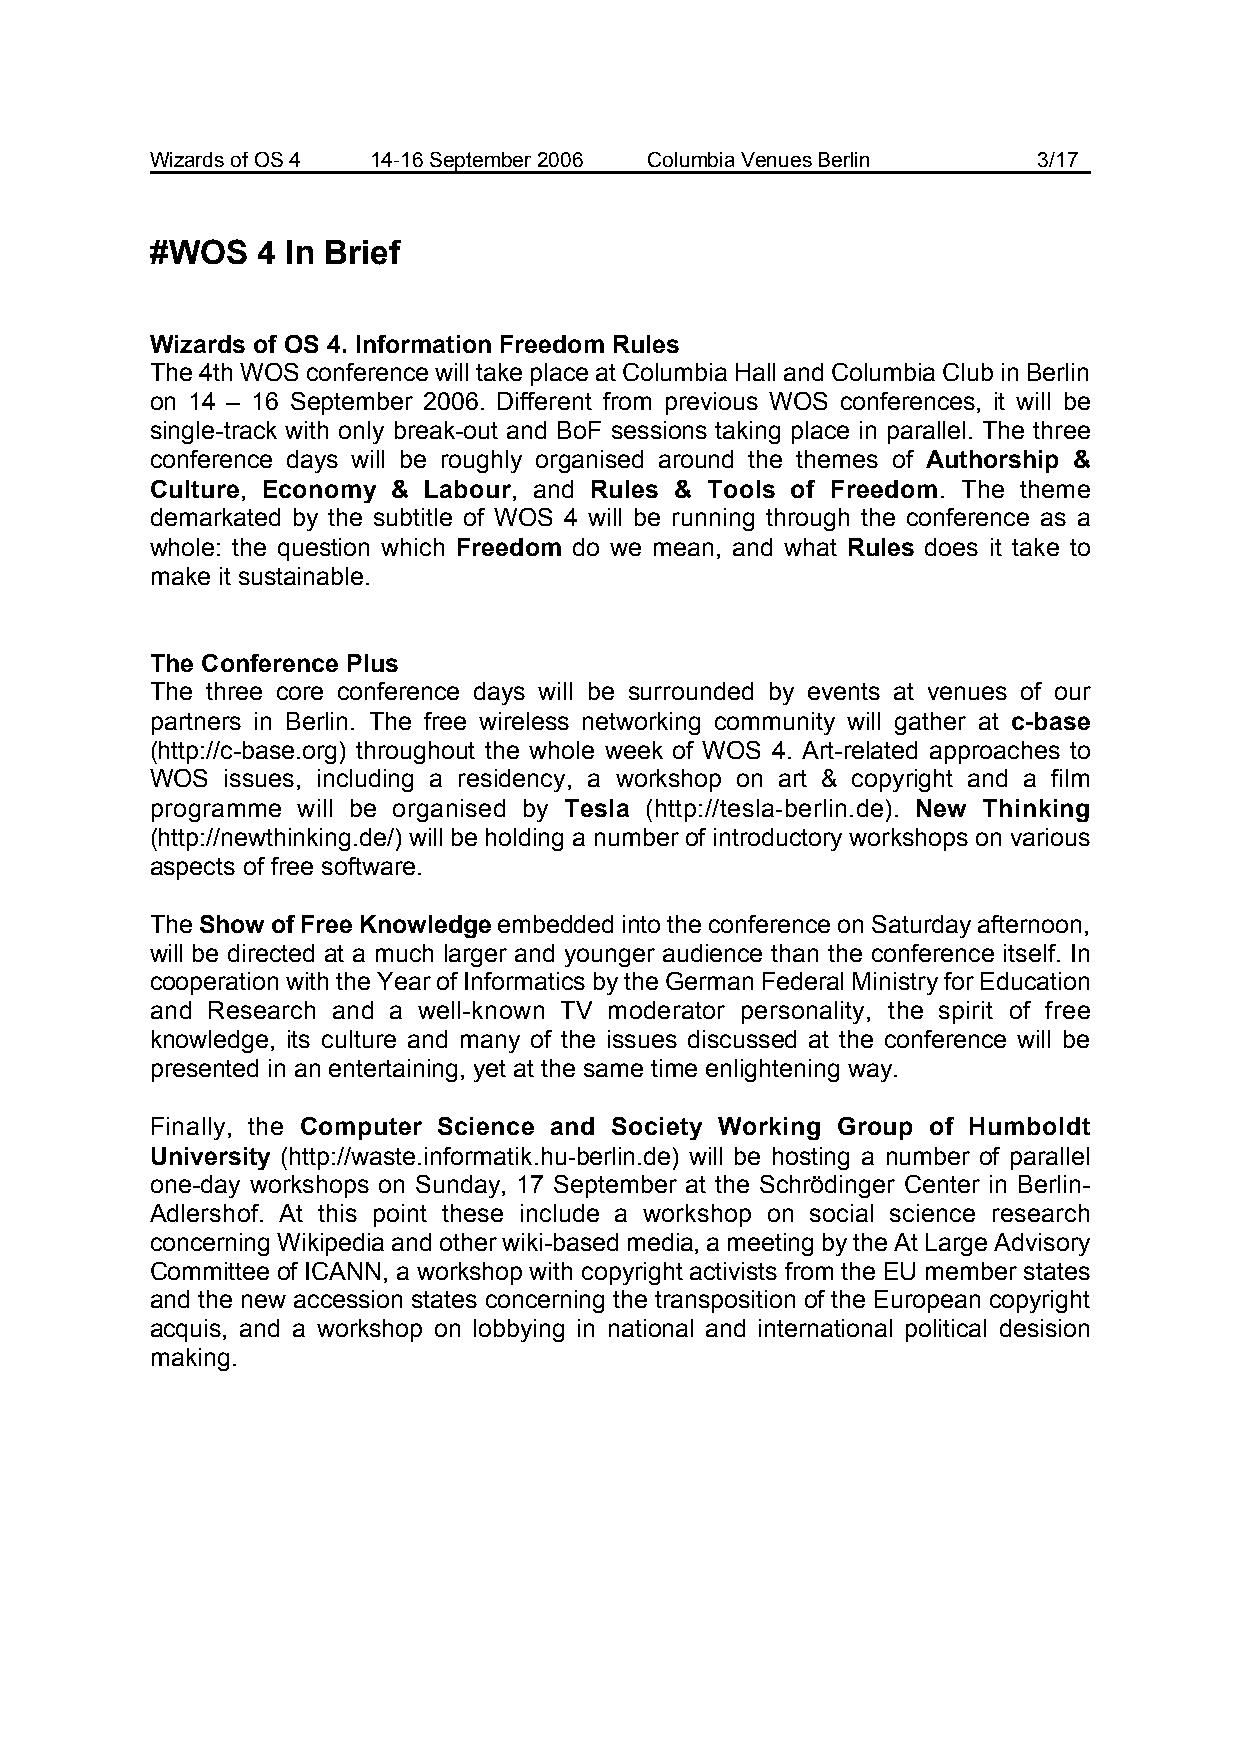
Wizards of OS 4 14-16 September 2006 Columbia Venues Berlin 3/17
 #WOS   4 In Brief
 Wizards of OS 4. Information Freedom Rules
 The 4th WOS conference will take place at Columbia Hall and Columbia Club in Berlin
 on 14 – 16 September 2006. Different from previous WOS conferences, it will be
 single-track with only break-out and BoF sessions taking place in parallel. The three
 conference days will be roughly organised around the themes of Authorship &
 Culture, Economy & Labour, and Rules & Tools of Freedom. The theme
 demarkated by the subtitle of WOS 4 will be running through the conference as a
 whole: the question which Freedom do we mean, and what Rules does it take to
 make it sustainable.
 The Conference Plus
 The three core conference days will be surrounded by events at venues of our
 partners in Berlin. The free wireless networking community will gather at c-base
 (http://c-base.org) throughout the whole week of WOS 4. Art-related approaches to
 WOS  issues, including a residency, a workshop on art & copyright and a film
 programme will be organised by Tesla (http://tesla-berlin.de). New Thinking
 (http://newthinking.de/) will be holding a number of introductory workshops on various
 aspects of free software.
 The Show of Free Knowledge embedded into the conference on Saturday afternoon,
 will be directed at a much larger and younger audience than the conference itself. In
 cooperation with the Year of Informatics by the German Federal Ministry for Education
 and Research and a well-known TV moderator personality, the spirit of free
 knowledge, its culture and many of the issues discussed at the conference will be
 presented in an entertaining, yet at the same time enlightening way.
 Finally, the Computer Science and Society Working Group of Humboldt
 University (http://waste.informatik.hu-berlin.de) will be hosting a number of parallel
 one-day workshops on Sunday, 17 September at the Schrödinger Center in Berlin-
 Adlershof. At this point these include a workshop on social science research
 concerning Wikipedia and other wiki-based media, a meeting by the At Large Advisory
 Committee of ICANN, a workshop with copyright activists from the EU member states
 and the new accession states concerning the transposition of the European copyright
 acquis, and a workshop on lobbying in national and international political desision
 making.